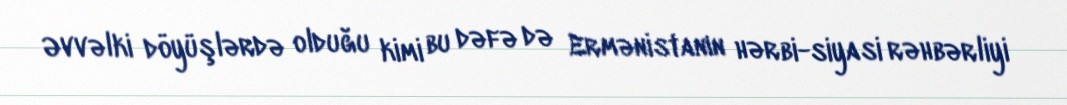
Əvvəlki döyüşlərdə olduğu kimi bu dəfə də Ermənistanın hərbi-siyasi rəhbərliyi